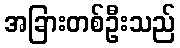
အခြားတစ်ဦးသည်